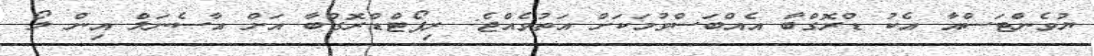
ޔުވެންޓަސްއާ އެކު ޑްރޮގްބާ އެއްބަސްވުމަކަށް އަތުވެއްޖެ: ރިޕޯޓްޑްރޮގްބާ އަށް އާސެނަލް އިން ލޯ